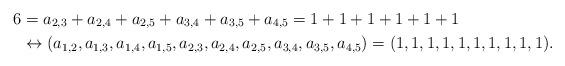
LaTeX: \begin{align*} 6 &= a_{2,3} + a_{2,4} + a_{2,5} + a_{3,4} + a_{3,5} + a_{4,5} = 1 + 1 + 1 + 1 + 1 + 1 \\ &\leftrightarrow (a_{1,2}, a_{1,3}, a_{1,4}, a_{1,5}, a_{2,3}, a_{2,4}, a_{2,5}, a_{3,4}, a_{3,5}, a_{4,5}) = (1,1,1,1,1,1,1,1,1,1). \end{align*}